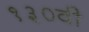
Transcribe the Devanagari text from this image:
१३०वी